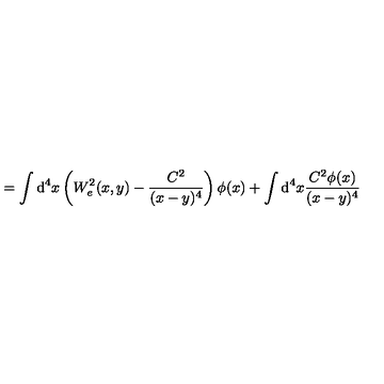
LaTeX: = \int \mathrm { d } ^ { 4 } x \left( W _ { e } ^ { 2 } ( x , y ) - \frac { C ^ { 2 } } { ( x - y ) ^ { 4 } } \right) \phi ( x ) + \int \mathrm { d } ^ { 4 } x \frac { C ^ { 2 } \phi ( x ) } { ( x - y ) ^ { 4 } }